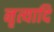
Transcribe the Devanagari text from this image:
नृत्यादि